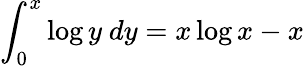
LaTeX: \int_{0}^{x}\log y\ dy=x\log x-x